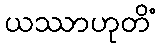
ယဿာဟုတိံ